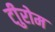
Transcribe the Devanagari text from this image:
टीुरोम